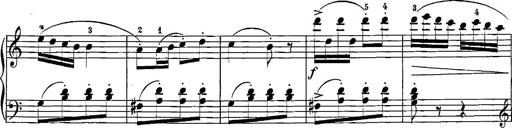
Title: 12 Sonatinas
Composer: Ignaz Pleyel